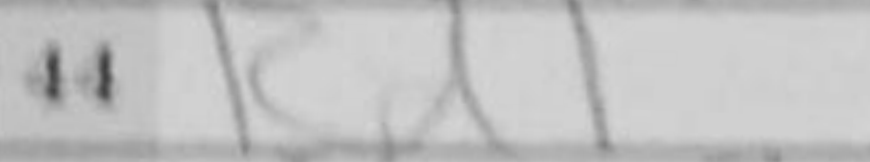
Transcription: Rd1